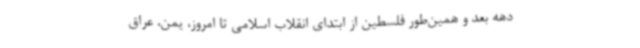
دهه بعد و همین‌طور فلسطین از ابتدای انقلاب اسلامی تا امروز، یمن، عراق